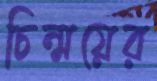
চিন্ময়ের